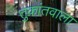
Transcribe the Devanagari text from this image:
तुकांतवाला